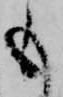
も